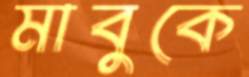
মাবুকে